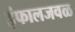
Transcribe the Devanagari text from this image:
इंफालजवळ